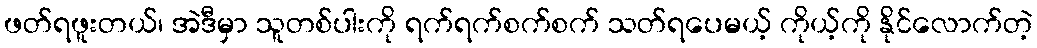
ဖတ်ရဖူးတယ်၊ အဲဒီမှာ သူတစ်ပါးကို ရက်ရက်စက်စက် သတ်ရပေမယ့် ကိုယ့်ကို နိုင်လောက်တဲ့